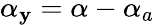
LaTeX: \alpha_{\mathbf{y}}=\alpha-\alpha_{a}